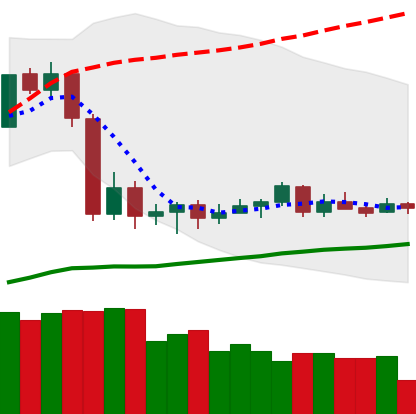
Ticker: LTC-USD
Chart end date: 2020-09-18
Forward return: -11.153%
Label: down_7plus